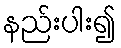
နည်းပါး၍